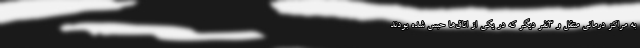
به مراکز درمانی منتقل و ۳نفر دیگر که در یکی از اتاق‌ها حبس شده بودند